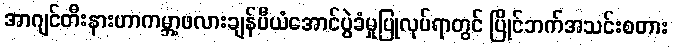
အာဂျင်တီးနားဟာကမ္ဘာ့ဖလားချန်ပီယံအောင်ပွဲခံမှုပြုလုပ်ရာတွင် ပြိုင်ဘက်အသင်းစတား